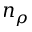
n _ { \rho }